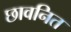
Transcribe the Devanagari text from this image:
छावनित